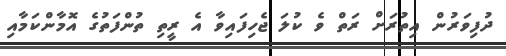
ދުފިވަރުން އިތުރަށް ރަތް ވެ ކުލަ ޖެހިފައިވާ އެ ރީތި ތުންފަތުގެ އޮމާންކަމާއި